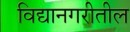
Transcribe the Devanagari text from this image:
विद्यानगरीतील